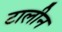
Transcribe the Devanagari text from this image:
टालीन